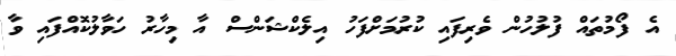
އެ ފޯމުތައް ފުލުހުން ވެރިފައި ކުރުމަށްފަހު އިލެކްޝަންސް އާ މިހާރު ހަވާލުކޮއްފައި ވާ